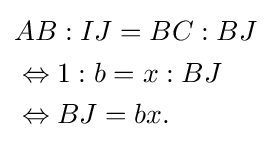
{\begin{aligned}&AB:IJ=BC:BJ\\&\Leftrightarrow 1:b=x:BJ\\&\Leftrightarrow BJ=bx.\end{aligned}}